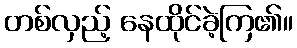
တစ်လှည့် နေထိုင်ခဲ့ကြ၏။